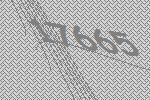
17665